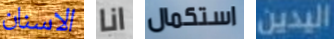
الاسنان انا استكمال اليدين